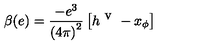
\beta ( e ) = \frac { - e ^ { 3 } } { \left( 4 \pi \right) ^ { 2 } } \left[ h ^ { \textrm { v } } - x _ { \phi } \right]